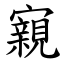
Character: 寴